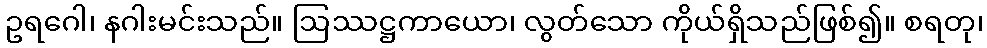
ဥရဂေါ၊ နဂါးမင်းသည်။ ဩဿဋ္ဌကာယော၊ လွတ်သော ကိုယ်ရှိသည်ဖြစ်၍။ စရတု၊